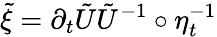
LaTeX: {\tilde{\xi}=\partial_{t}{\tilde{U}}\tilde{U}^{-1}\circ\eta_{t}^{-1}}